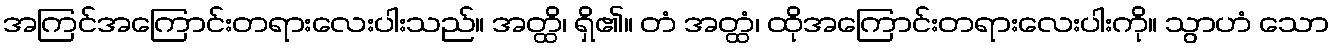
အကြင်အကြောင်းတရားလေးပါးသည်။ အတ္ထိ၊ ရှိ၏။ တံ အတ္ထံ၊ ထိုအကြောင်းတရားလေးပါးကို။ သွာဟံ သော